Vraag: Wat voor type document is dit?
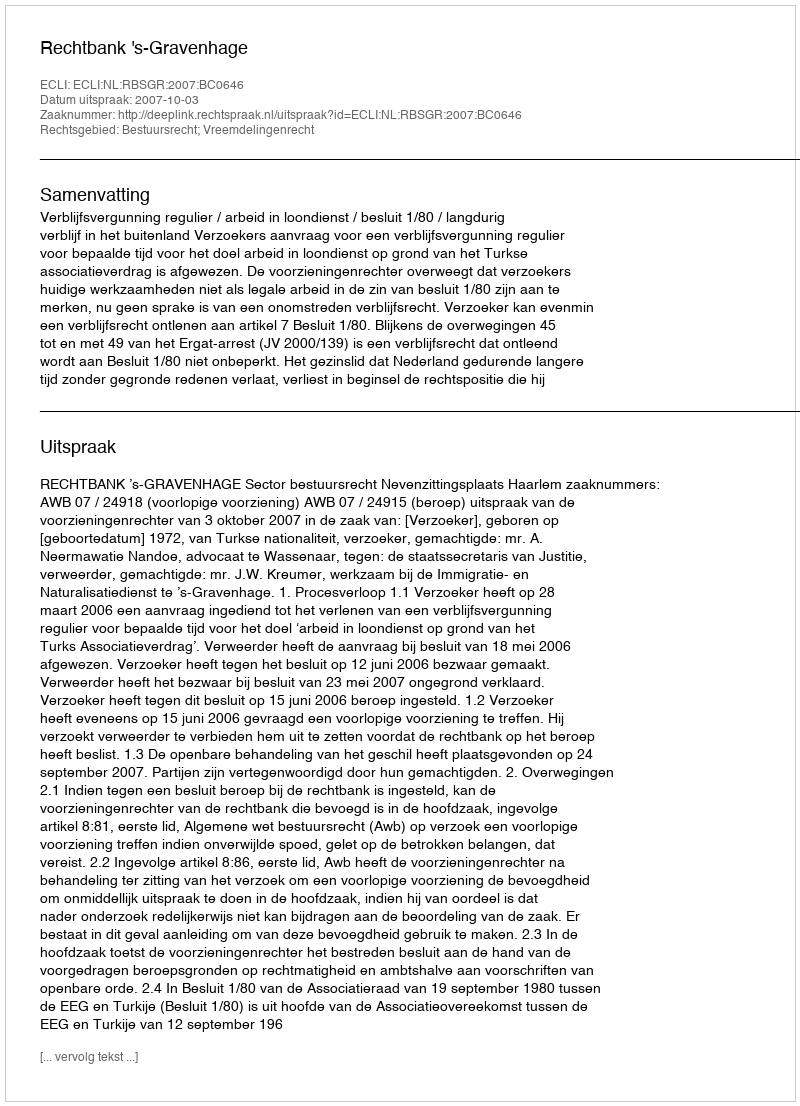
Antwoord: Uitspraak